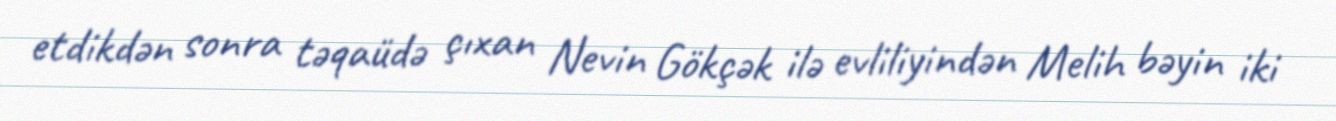
etdikdən sonra təqaüdə çıxan Nevin Gökçək ilə evliliyindən Melih bəyin iki